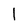
Character: 1